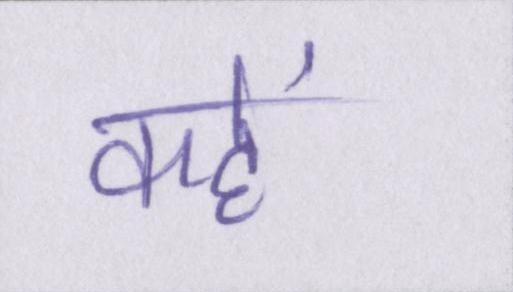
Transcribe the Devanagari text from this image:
कहें